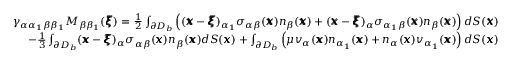
\begin{array} { r l r } & { } & { \gamma _ { \alpha \alpha _ { 1 } \beta \beta _ { 1 } } M _ { \beta \beta _ { 1 } } ( { \pmb \xi } ) = \frac { 1 } { 2 } \int _ { \partial D _ { b } } \left( ( { \pmb x } - { \pmb \xi } ) _ { \alpha _ { 1 } } \sigma _ { \alpha \beta } ( { \pmb x } ) n _ { \beta } ( { \pmb x } ) + ( { \pmb x } - { \pmb \xi } ) _ { \alpha } \sigma _ { \alpha _ { 1 } \beta } ( { \pmb x } ) n _ { \beta } ( { \pmb x } ) \right) d S ( { \pmb x } ) } \\ & { } & { - \frac { 1 } { 3 } \int _ { \partial D _ { b } } ( { \pmb x } - { \pmb \xi } ) _ { \alpha } \sigma _ { \alpha \beta } ( { \pmb x } ) n _ { \beta } ( { \pmb x } ) d S ( { \pmb x } ) + \int _ { \partial D _ { b } } \left( \mu v _ { \alpha } ( { \pmb x } ) n _ { \alpha _ { 1 } } ( { \pmb x } ) + n _ { \alpha } ( { \pmb x } ) v _ { \alpha _ { 1 } } ( { \pmb x } ) \right) d S ( { \pmb x } ) } \end{array}